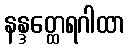
နန္ဒတ္ထေရဂါထာ